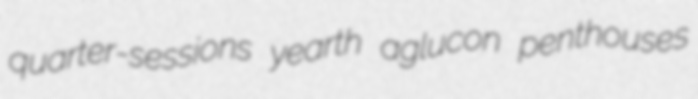
quarter-sessions yearth aglucon penthouses